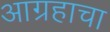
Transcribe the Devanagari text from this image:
आग्रहाचा